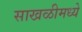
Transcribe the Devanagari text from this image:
साखळीमध्ये